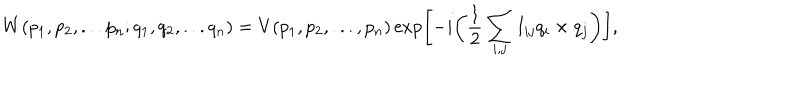
LaTeX: W ( p _ { 1 } , p _ { 2 } , . . . p _ { n } ; q _ { 1 } , q _ { 2 } , . . . q _ { n } ) = V ( p _ { 1 } , p _ { 2 } , . . . , p _ { n } ) \exp \biggl [ - i \biggl ( \frac { 1 } { 2 } \sum _ { i , j } I _ { i j } q _ { i } \times q _ { j } \biggr ) \biggr ] ,